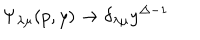
\Psi _ { \lambda \mu } ( p , y ) \rightarrow \delta _ { \lambda \mu } y ^ { \Delta - 1 }